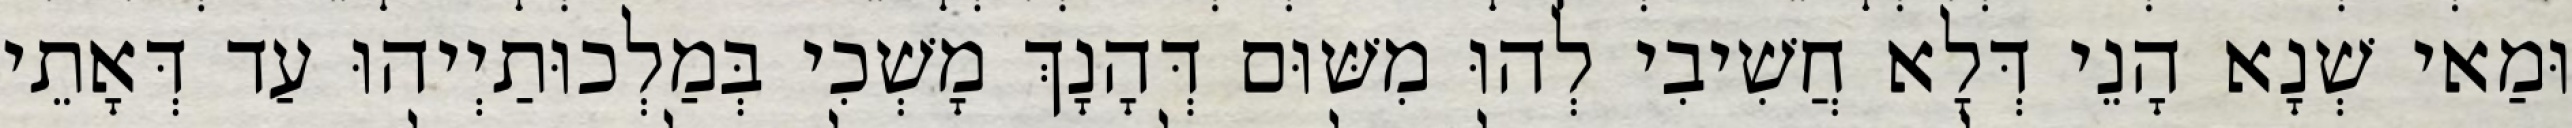
וּמַאי שְׁנָא הָנֵי דְּלָא חֲשִׁיבִי לְהוּ מִשּׁוּם דְּהָנָךְ מָשְׁכִי בְּמַלְכוּתַיְיהוּ עַד דְּאָתֵי